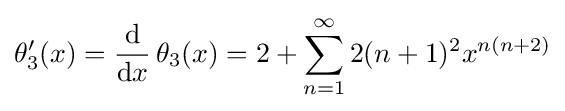
\theta _{3}'(x)={\frac {\mathrm {d} }{\mathrm {d} x}}\,\theta _{3}(x)=2+\sum _{n=1}^{\infty }2(n+1)^{2}x^{n(n+2)}